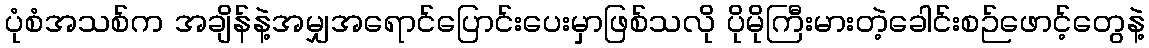
ပုံစံအသစ်က အချိန်နဲ့အမျှအရောင်ပြောင်းပေးမှာဖြစ်သလို ပိုမိုကြီးမားတဲ့ခေါင်းစဉ်ဖောင့်တွေနဲ့